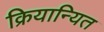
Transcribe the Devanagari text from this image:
क्रियान्यित